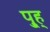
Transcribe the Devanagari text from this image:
पु्ह्